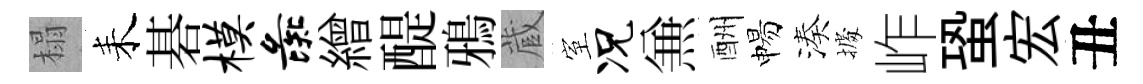
榻耒碁模彘繒醍鴉蔵室况𠔥酬惕湊𢴃岞蛩宏丑